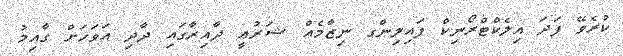
ކުރެވޭ ފަދަ އިލެކްޓްރޯނިކް ފައިލިންގ ނިޒާމެއް ޝަރުޢީ ދާއިރާގައި ދާދި އަވަހަށް ގާއިމު